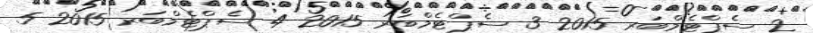
2 ސެޕްޓެމްބަރ 2015 3 ސެޕްޓެމްބަރ 2015 4 ސެޕްޓެމްބަރ 2015 5